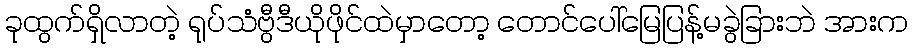
ခုထွက်ရှိလာတဲ့ ရုပ်သံဗွီဒီယိုဖိုင်ထဲမှာတော့ တောင်ပေါ်မြေပြန့်မခွဲခြားဘဲ အားက